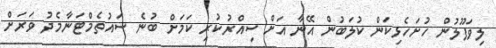
ލިވަޕޫލުން ހުށަހެޅިކަން ކުލަބުން އޭނާ އަށް ސިއްރުކުރި ކަމަށް ބުނެ ސައުތެމްޓަނާމެދު ވަރަށް